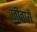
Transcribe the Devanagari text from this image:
जीताये